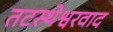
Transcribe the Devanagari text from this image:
तटस्थेश्वरवाद